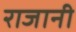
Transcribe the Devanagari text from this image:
राजानी